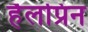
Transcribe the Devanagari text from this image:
हैलप्रिन